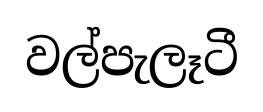
වල්පැලෑටී